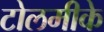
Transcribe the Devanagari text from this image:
टोलमीके